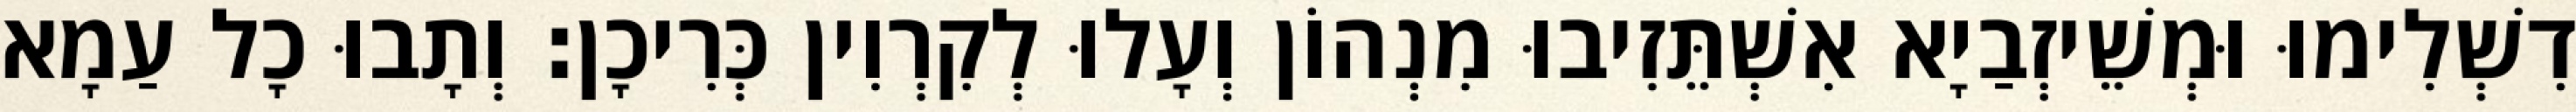
דִשְׁלִימוּ וּמְשֵׁיזְבַיָא אִשְׁתֵּזִיבוּ מִנְהוֹן וְעָלוּ לְקִרְוִין כְּרִיכָן׃ וְתָבוּ כָל עַמָא